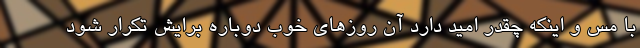
با مس و اینکه چقدر امید دارد آن روزهای خوب دوباره برایش تکرار شود